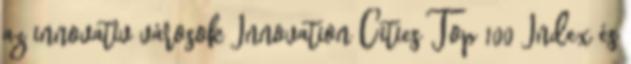
az innovatív városok Innovation Cities Top 100 Index és